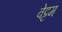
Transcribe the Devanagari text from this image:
वेट्टम